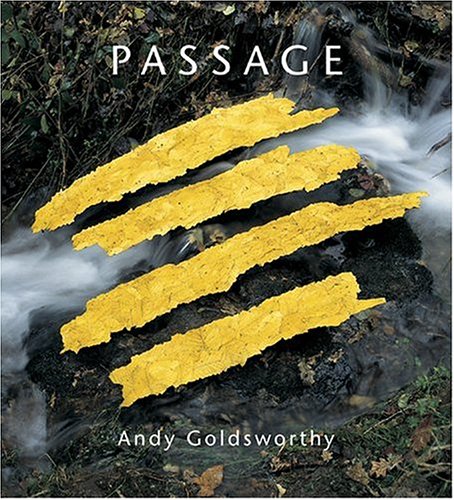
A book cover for Passage; Andy Goldsworthy; Arts & Photography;